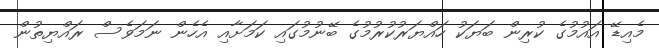
މެއިޑޭ އައުމުގެ ކުރިން ބަޔަކު ހައްޔަރުކުރުމުގެ ބޭނުމުގައި ކަމަށާއި އެހެން ނަމަވެސް ރައްޔިތުން